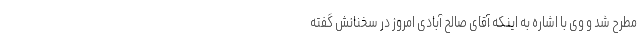
مطرح شد و وی با اشاره به اینکه آقای صالح آبادی امروز در سخنانش گفته